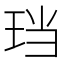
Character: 珰